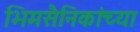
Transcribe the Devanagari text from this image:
भिमसैनिकांच्या